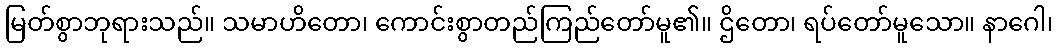
မြတ်စွာဘုရားသည်။ သမာဟိတော၊ ကောင်းစွာတည်ကြည်တော်မူ၏။ ဌိတော၊ ရပ်တော်မူသော။ နာဂေါ၊